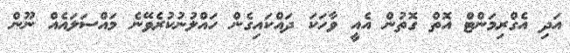
އަދި އެގްރިމަންޓް އޮތް ގޮތުން އެއީ ވާހަކަ ދައްކައިގެން ހައްލުނުކުރެވޭނެ މައްސަލައެއް ނޫން